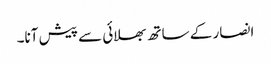
انصار کے ساتھ بھلائی سے پیش آنا۔